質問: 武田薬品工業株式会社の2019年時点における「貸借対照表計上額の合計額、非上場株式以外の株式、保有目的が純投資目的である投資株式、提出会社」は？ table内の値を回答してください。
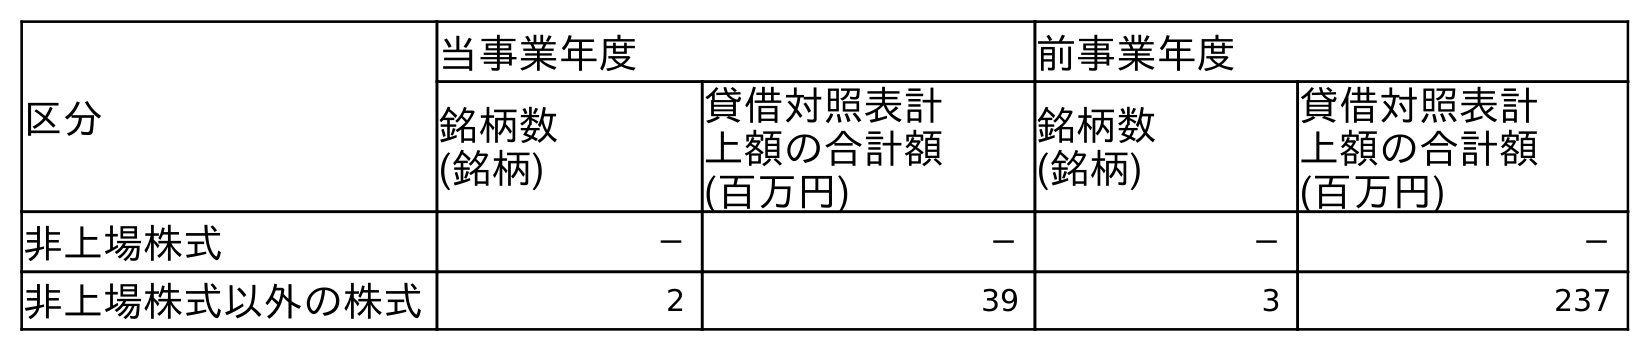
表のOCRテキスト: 区分 当事業年度 前事業年度 銘柄数 (銘柄) 貸借対照表計 上額の合計額 (百万円) 銘柄数 (銘柄) 貸借対照表計 上額の合計額 (百万円) 非上場株式 － － － － 非上場株式以外の株式 2 39 3 237
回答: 237